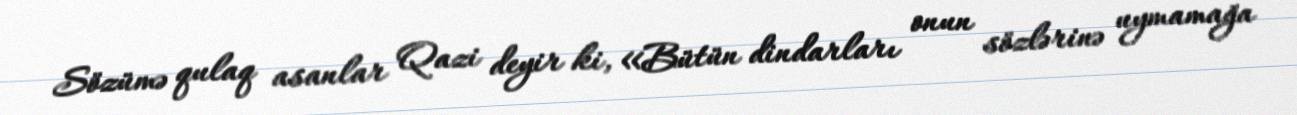
Sözümə qulaq asanlar Qazi deyir ki, «Bütün dindarları onun sözlərinə uymamağa